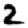
Digit: 2